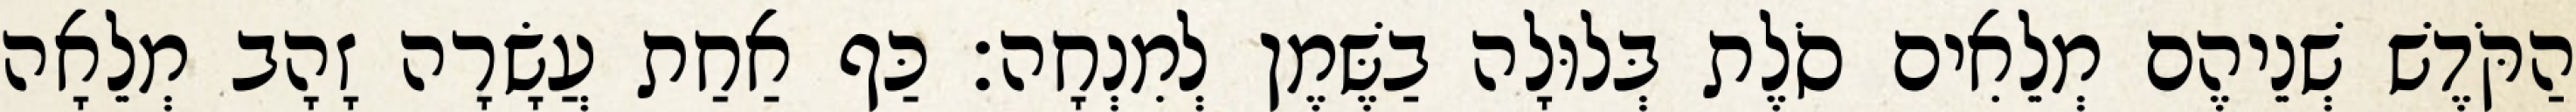
הַקֹּדֶשׁ שְׁנֵיהֶם מְלֵאִים סֹלֶת בְּלוּלָה בַשֶּׁמֶן לְמִנְחָה׃ כַּף אַחַת עֲשָׂרָה זָהָב מְלֵאָה